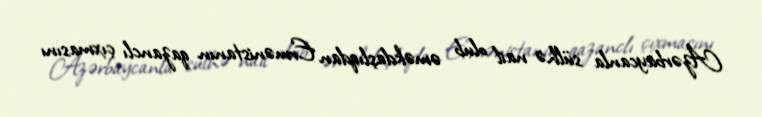
Azərbaycanla sülhə nail olub əməkdaşlıqdan Ermənistanın qazanclı çıxmasını